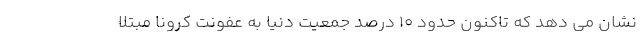
نشان می دهد که تاکنون حدود ۱۰ درصد جمعیت دنیا به عفونت کرونا مبتلا